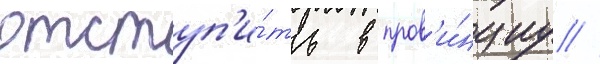
отступ'и́ть в пров'и́нциу //